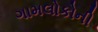
ગામલોકોની